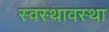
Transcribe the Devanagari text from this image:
स्वस्थावस्था